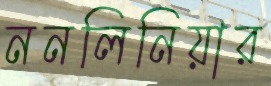
ননলিনিয়ার